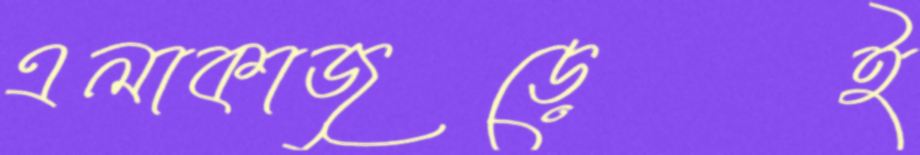
এলাকাজুড়েই